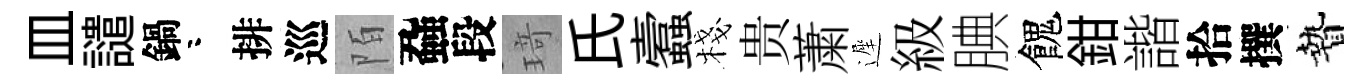
皿譴鍋咯排巡陌蝨段𤦺氏蠧棧贵䔥遲級腆餽鉗諧拾撰贄